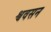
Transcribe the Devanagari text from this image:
श्ववसन